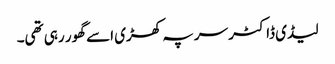
لیڈی ڈاکٹر سر پہ کھڑی اسے گھور رہی تھی۔